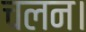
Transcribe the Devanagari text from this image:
चलन।